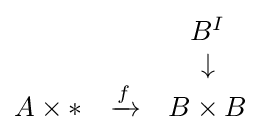
{\begin{matrix}&&B^{I}\\&&\downarrow \\A\times *&\xrightarrow {f} &B\times B\end{matrix}}